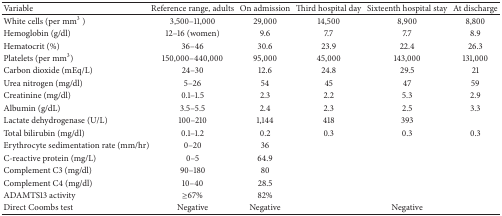
| Variable | Reference range, adults | On admission | Third hospital day | Sixteenth hospital stay | At discharge |
 | --- | --- | --- | --- | --- | --- |
 | White cells (per mm3) | 3,500–11,000 | 29,000 | 14,500 | 8,900 | 8,800 |
 | Hemoglobin (g/dl) | 12–16 (women) | 9.6 | 7.7 | 7.7 | 8.9 |
 | Hematocrit (%) | 36–46 | 30.6 | 23.9 | 22.4 | 26.3 |
 | Platelets (per mm3) | 150,000–440,000 | 95,000 | 45,000 | 143,000 | 131,000 |
 | Carbon dioxide (mEq/L) | 24–30 | 12.6 | 24.8 | 29.5 | 21 |
 | Urea nitrogen (mg/dl) | 5–26 | 54 | 45 | 47 | 59 |
 | Creatinine (mg/dl) | 0.1–1.5 | 2.3 | 2.2 | 5.3 | 2.9 |
 | Albumin (g/dL) | 3.5–5.5 | 2.4 | 2.3 | 2.5 | 3.3 |
 | Lactate dehydrogenase (U/L) | 100–210 | 1,144 | 418 | 393 |  |
 | Total bilirubin (mg/dl) | 0.1–1.2 | 0.2 | 0.3 | 0.3 | 0.3 |
 | Erythrocyte sedimentation rate (mm/hr) | 0–20 | 36 |  |  |  |
 | C-reactive protein (mg/L) | 0–5 | 64.9 |  |  |  |
 | Complement C3 (mg/dl) | 90–180 | 80 |  |  |  |
 | Complement C4 (mg/dl) | 10–40 | 28.5 |  |  |  |
 | ADAMTS13 activity | ≥67% | 82% |  |  |  |
 | Direct Coombs test | Negative | Negative |  | Negative |  |